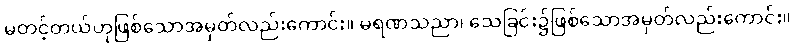
မတင့်တယ်ဟုဖြစ်သောအမှတ်လည်းကောင်း။ မရဏသညာ၊ သေခြင်း၌ဖြစ်သောအမှတ်လည်းကောင်း။